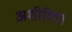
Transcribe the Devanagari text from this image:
अशीरिया